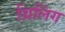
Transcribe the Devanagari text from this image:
थ्रिलिंग